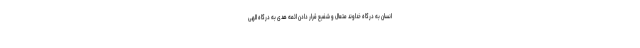
انسان به درگاه خداوند متعال و شفیع قرار دادن ائمه هدی به درگاه الهی